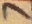
Text: 7